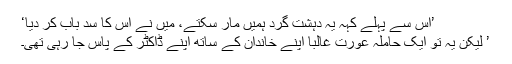
’اس سے پہلے کہہ یہ دہشت گرد ہمیں مار سکتے، میں نے اس کا سدِ باب کر دیا‘
’ لیکن یہ تو ایک حاملہ عورت غالباً اپنے خاندان کے ساتھ اپنے ڈاکٹر کے پاس جا رہی تھی۔